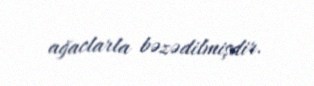
ağaclarla bəzədilmişdir.